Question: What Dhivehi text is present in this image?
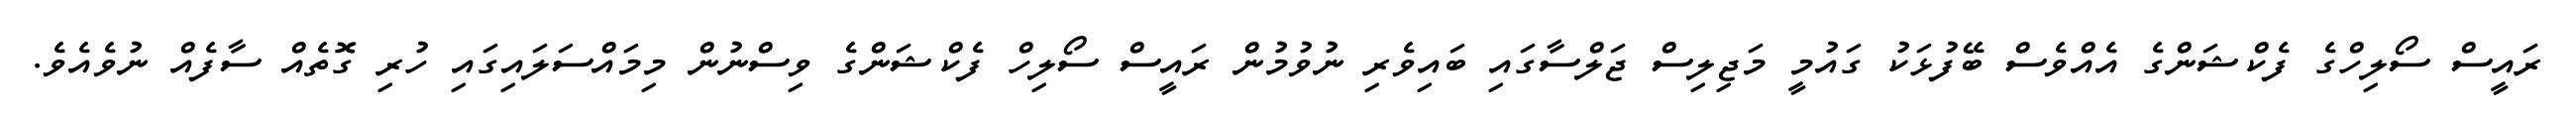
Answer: ރައީސް ސޯލިހްގެ ފެކްޝަންގެ އެއްވެސް ބޭފުޅަކު ގައުމީ މަޖިލިސް ޖަލްސާގައި ބައިވެރި ނުވުމުން ރައީސް ސޯލިހް ފެކްޝަންގެ ވިސްނުން މިމައްސަލައިގައި ހުރި ގޮތެއް ސާފެއް ނުވެއެވެ.